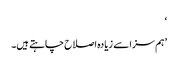
‘
’ہم سزا سے زیادہ اصلاح چاہتے ہیں۔